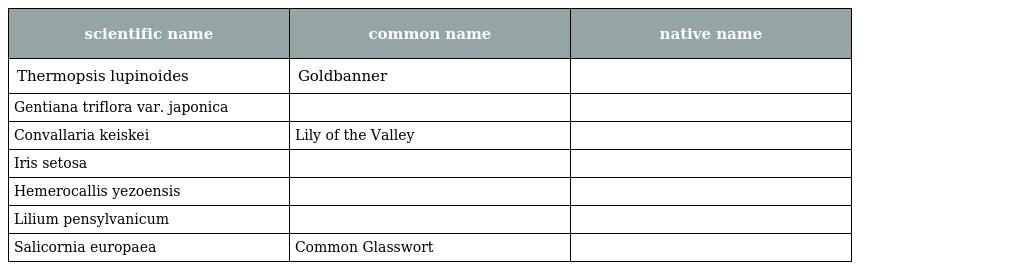
| scientific name | common name | native name |
 | --- | --- | --- |
 | Thermopsis lupinoides | Goldbanner | センダイハギ（先代萩） |
 | Gentiana triflora var. japonica |  | エゾリンドウ |
 | Convallaria keiskei | Lily of the Valley | スズラン |
 | Iris setosa |  | ヒオウギアヤメ |
 | Hemerocallis yezoensis |  | エゾキスゲ（蝦夷黄萓） |
 | Lilium pensylvanicum |  | エゾスカシユリ（蝦夷透百合） |
 | Salicornia europaea | Common Glasswort | アッケシソウ（厚岸草） |